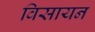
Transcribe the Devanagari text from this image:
विसायन